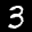
Label: 3